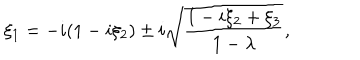
LaTeX: \xi _ { 1 } = - i ( 1 - i \xi _ { 2 } ) \pm i \sqrt { { \frac { 1 - i \xi _ { 2 } + \xi _ { 3 } } { 1 - \lambda } } } ,